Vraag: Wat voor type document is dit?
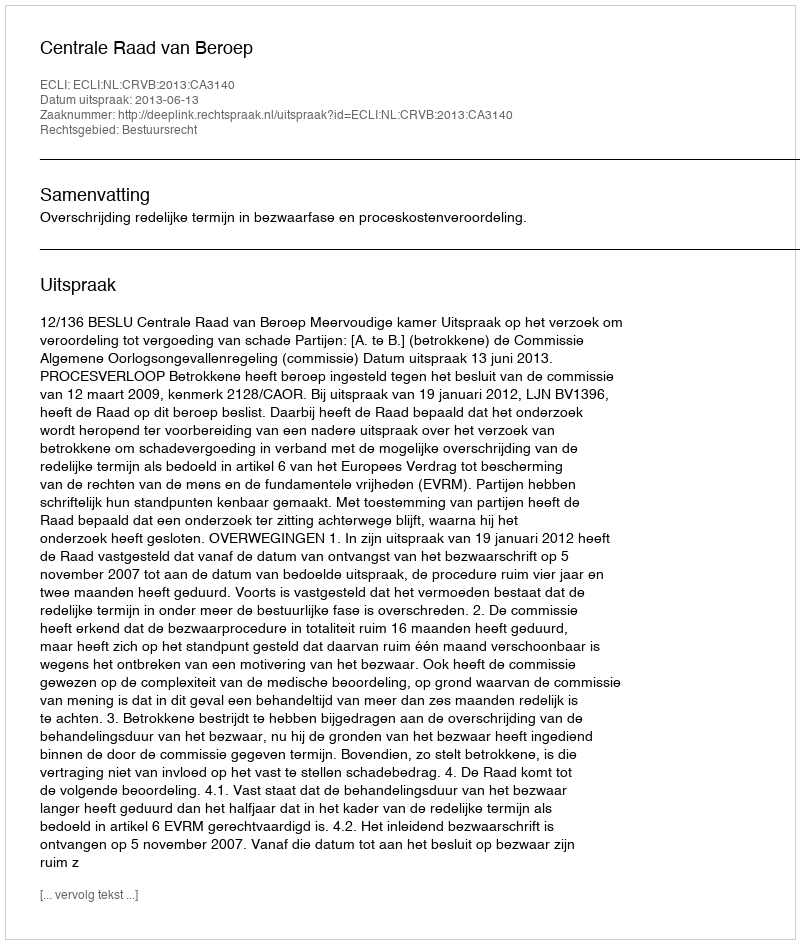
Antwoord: Uitspraak